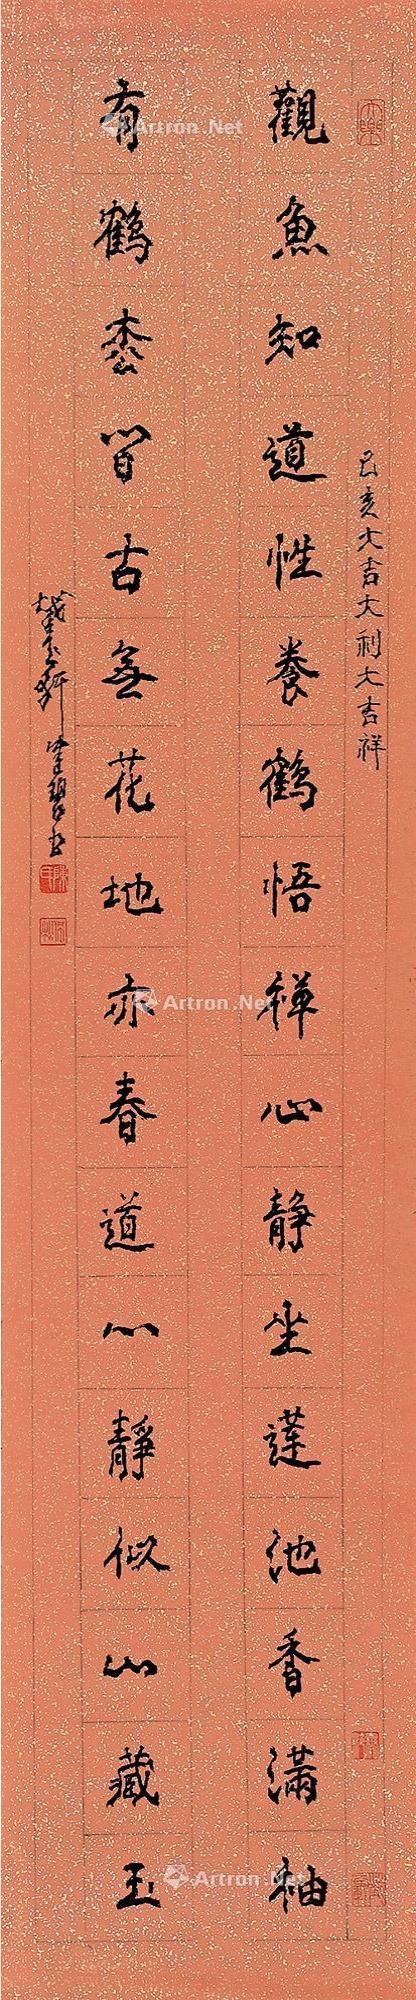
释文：观鱼知道性，养鹤悟禅心，静坐莲池香满袖；有鹤松皆古，无花地亦春，道心静似山藏玉。己亥大吉大利大吉祥，截玉轩健碧书。